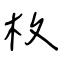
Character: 枚